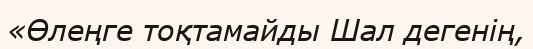
«Өлеңге тоқтамайды Шал дегенiң,